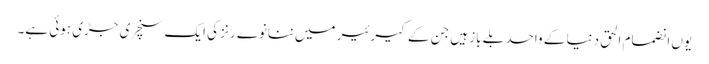
یوں انضمام الحق دنیا کے واحد بلے باز ہیں جن کے کیرئیر میں ننانوے رنز کی ایک سنچری جڑی ہوئی ہے۔